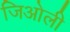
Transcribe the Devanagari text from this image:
जिओली